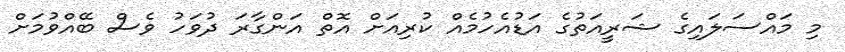
މި މައްސަލައިގެ ޝަރީއަތުގެ އަޑުއެހުމެއް ކުރިއަށް އޮތް އަންގާރަ ދުވަހު ވެސް ބޭއްވުމަށް